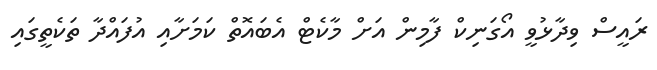
ރައީސް ވިދާޅުވީ އޯގަނިކް ފާމިން އަށް މާކެޓް އެބައޮތް ކަމަށާއި އުފައްދާ ތަކެތީގައި